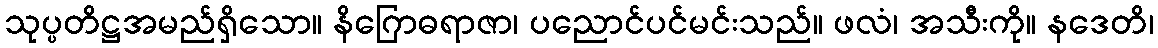
သုပ္ပတိဋ္ဌအမည်ရှိသော။ နိဂြောဓရာဇာ၊ ပညောင်ပင်မင်းသည်။ ဖလံ၊ အသီးကို။ နဒေတိ၊